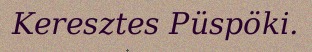
Keresztes Püspöki.